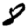
Digit: 8